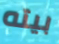
بيته